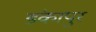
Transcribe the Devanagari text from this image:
डंकापुर